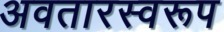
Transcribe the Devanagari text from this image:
अवतारस्वरूप